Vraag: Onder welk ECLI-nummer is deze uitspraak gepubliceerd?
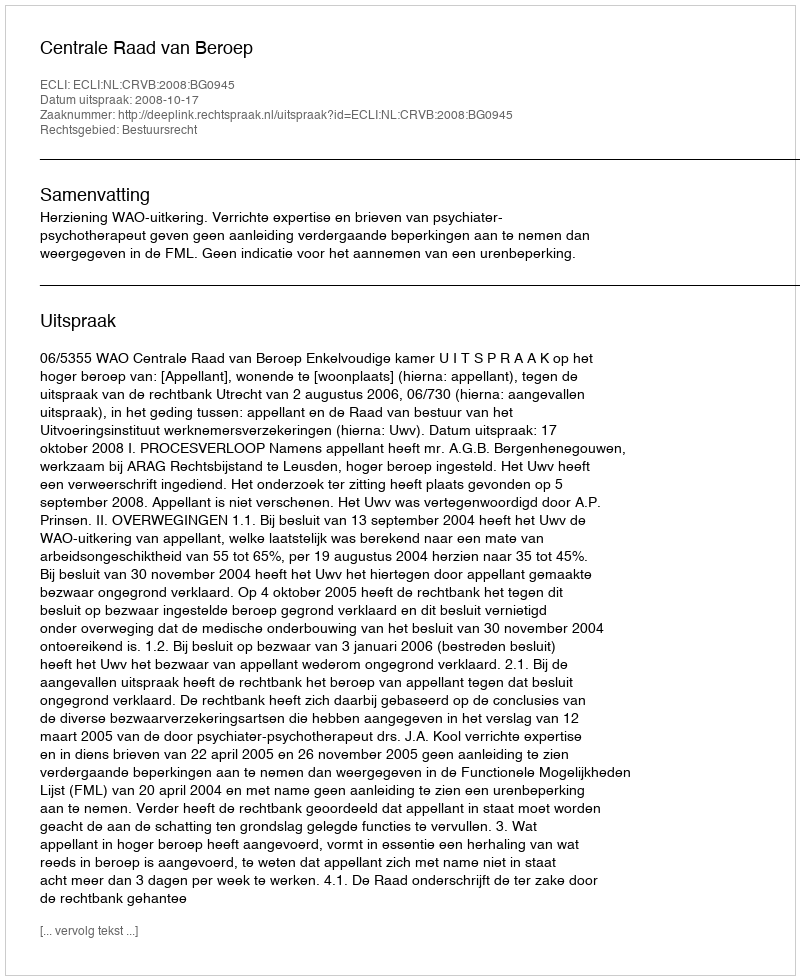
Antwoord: ECLI:NL:CRVB:2008:BG0945